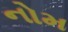
નોમ